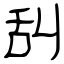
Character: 舏